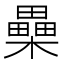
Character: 櫐